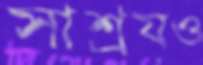
সাশ্রয়ও